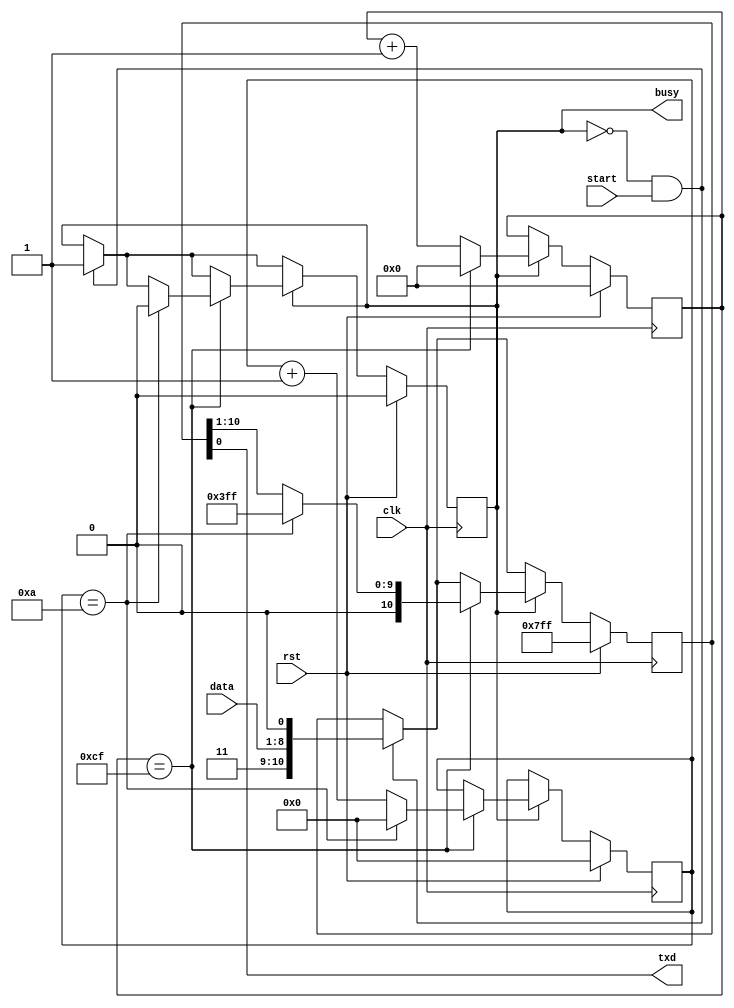
//`define DIV 10 // for simulation
`define DIV 208 // 24MHz / 208 = 115200bps
//`define DIV 2500 // 24MHz / 2500 = 9600bps

module TX8(clk, rst, data, txd, start, busy);
    input clk, rst, start;
    input [7:0] data;
    output      txd, busy;
    reg [11:0]   cnt; // note: adjust bit width for DIV
    reg [3:0]   n_bit;
    reg 	       r_busy;
    reg [10:0]   tdata;
    assign txd = tdata[0], busy = r_busy;
   
    always @(posedge clk) begin
        if (rst == 1'b1) begin
            cnt <= 0; n_bit <= 0;
            r_busy <= 0;
//            tdata <= 10'b1111111111;
            tdata <= 11'b11111111111;  // stop bit = 2 (to keep duration among data transmission)
        end
        else begin
            if (r_busy == 0 && start == 1) begin
                r_busy <= 1;
//                tdata <= {1'b1, data, 1'b0};
                tdata <= {2'b11, data, 1'b0};  // stop bit = 2 (to keep duration among data transmission)
            end
            if (r_busy == 1) begin
                cnt <= cnt + 1;
                if (cnt == `DIV - 1) begin
                    cnt <= 0;
                    n_bit <= n_bit + 1;
//                    tdata[9:0] <= {1'b0, tdata[9:1]};
                    tdata[10:0] <= {1'b0, tdata[10:1]};  // stop bit = 2 (to keep duration among data transmission)
//                    if (n_bit == 9) begin
                    if (n_bit == 10) begin  // stop bit = 2 (to keep duration among data transmission)
                        r_busy <= 0;
                        n_bit <= 0;
                        cnt <= 0;
                        tdata <= 10'b1111111111;
                    end
                end
            end
        end
    end
endmodule

module RX8(clk, rst, rxd, data, ready);
    input clk, rst, rxd;
    output [7:0] data;
    output 	ready;
    reg [11:0]   cnt; // note: adjust bit width for DIV
    reg [3:0]   n_bit;
    reg [9:0]   rdata;
    reg [2:0]   rxdb0; // @bit=5, 12, 19
    reg 	       rxdb;
    reg 	       r_ready;
    reg [7:0]   data;
   
    assign ready = r_ready;

    always @(rxdb0) begin
        case (rxdb0)
            3'b000 : rxdb <= 0;
            3'b001 : rxdb <= 0;
            3'b010 : rxdb <= 0;
            3'b011 : rxdb <= 1;
            3'b100 : rxdb <= 0;
            3'b101 : rxdb <= 1;
            3'b110 : rxdb <= 1;
            3'b111 : rxdb <= 1;
        endcase
    end
   
    always @(posedge clk) begin
        if (rst == 1'b1) begin
            cnt <= 0; n_bit <= 0;
            r_ready <= 0;
            rdata <= 0; rxdb0 <= 0;
            data <= 0;
        end
        else begin
            if (n_bit == 0 && rxd == 0) begin
                n_bit <= 1;
            end
            if (n_bit != 0) begin
                cnt <= cnt + 1;
                if (cnt == (`DIV/4)-1) rxdb0[0] <= rxd;
                if (cnt == (`DIV/2)-1) rxdb0[1] <= rxd;
                if (cnt == (`DIV*3/4)-1) rxdb0[2] <= rxd;
                if (cnt == `DIV - 1) begin
/*
                if (cnt == 52 - 1) rxdb0[0] <= rxd;
                if (cnt == 104 - 1) rxdb0[1] <= rxd;
                if (cnt == 156 - 1) rxdb0[2] <= rxd;
                if (cnt == 208 - 1) begin
*/
                    cnt <= 0;
                    n_bit <= n_bit + 1;
                    rdata[9:0] <= {rxdb, rdata[9:1]};
                    if (n_bit == 9) begin
                        r_ready <= 0;
                    end
                    if (n_bit == 10) begin
                        data <= rdata[9:2];
                        r_ready <= 1;
                        n_bit <= 0;
                        cnt <= 0;
                    end
                end
            end
        end
    end
endmodule